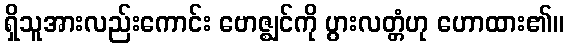
ရှိသူအားလည်းကောင်း ဗောဇ္ဈင်ကို ပွားလတ္တံဟု ဟောထား၏။